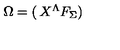
\Omega = \left( \begin{matrix} { X ^ { \Lambda } } \\ { F _ { \Sigma } } \\ \end{matrix} \right)